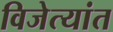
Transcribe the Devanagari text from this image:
विजेत्यांत